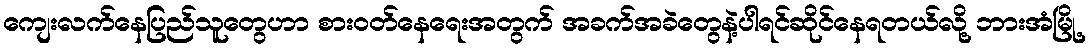
ကျေးလက်နေပြည်သူတွေဟာ စားဝတ်နေရေးအတွက် အခက်အခဲတွေနဲ့ပါရင်ဆိုင်နေရတယ်လို့ ဘားအံမြို့